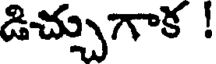
డిచ్చుగాక !